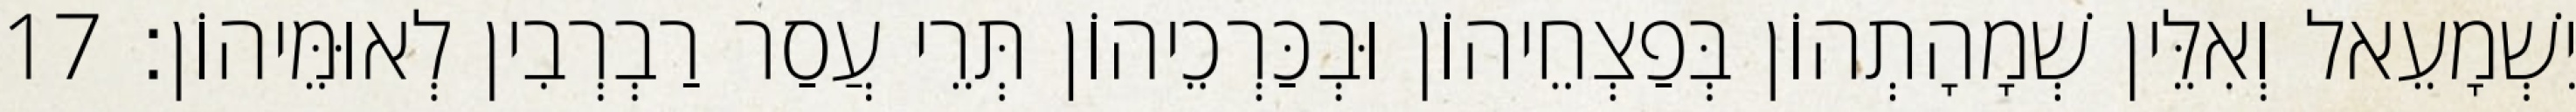
יִשְׁמָעֵאל וְאִלֵּין שְׁמָהָתְהוֹן בְּפַצְחֵיהוֹן וּבְכַּרְכֵיהוֹן תְּרֵי עֲסַר רַבְרְבִין לְאוּמֵּיהוֹן׃ 17